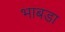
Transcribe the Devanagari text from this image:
भाबडा